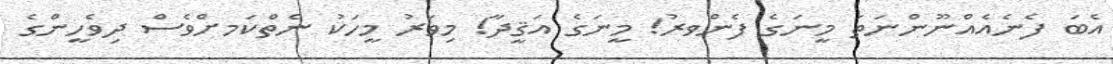
އެބަ ފެނެއެއްނޫންނަތަ މީނަގެ ފެންވރު! މީނަގެ އަޤީދާ! މިވަރު މީހަކު ނެތްކަމށްވެސް ދިވެހީންގެ